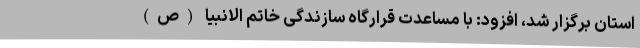
استان برگزار شد، افزود: با مساعدت قرارگاه سازندگی خاتم الانبیا (ص)